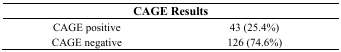
<table><thead><tr><td colspan="2"><b>CAGE Results</b></td></tr></thead><tbody><tr><td>CAGE positive</td><td>43 (25.4%)</td></tr><tr><td>CAGE negative</td><td>126 (74.6%)</td></tr></tbody></table>